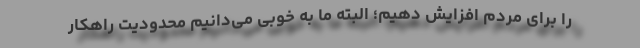
را برای مردم افزایش دهیم؛ البته ما به خوبی می‌دانیم محدودیت راهکار